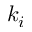
k _ { i }